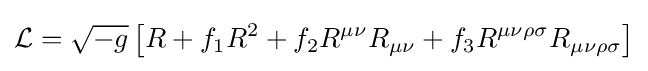
{\mathcal {L}}={\sqrt {-g}}\left[R+f_{1}R^{2}+f_{2}R^{\mu \nu }R_{\mu \nu }+f_{3}R^{\mu \nu \rho \sigma }R_{\mu \nu \rho \sigma }\right]